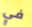
في